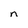
Character: n